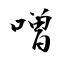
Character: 噌